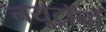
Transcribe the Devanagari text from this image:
नयूट्रॉनों